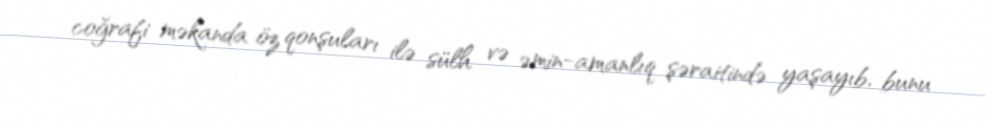
coğrafi məkanda öz qonşuları ilə sülh və əmin-amanlıq şəraitində yaşayıb, bunu